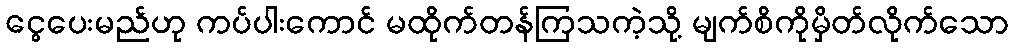
ငွေပေးမည်ဟု ကပ်ပါးကောင် မထိုက်တန်ကြသကဲ့သို့ မျက်စိကိုမှိတ်လိုက်သော